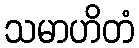
သမာဟိတံ